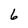
Character: 6